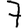
Digit: 7